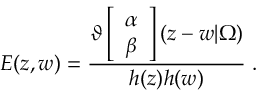
E ( z , w ) = \frac { \vartheta \left[ \begin{array} { c } { { \alpha } } \\ { { \beta } } \end{array} \right] ( z - w | \Omega ) } { h ( z ) h ( w ) } \; .